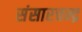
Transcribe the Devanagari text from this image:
संसारचन्द्र